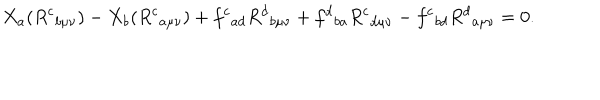
LaTeX: X _ { a } ( R ^ { c } { } _ { b \mu \nu } ) - X _ { b } ( R ^ { c } { } _ { a \mu \nu } ) + f ^ { c } { } _ { a d } R ^ { d } { } _ { b \mu \nu } + f ^ { d } { } _ { b a } R ^ { c } { } _ { d \mu \nu } - f ^ { c } { } _ { b d } R ^ { d } { } _ { a \mu \nu } = 0 .